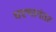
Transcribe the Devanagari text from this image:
धरणानंतर